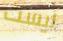
ليست